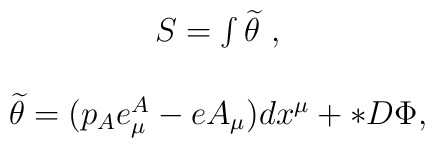
\begin{array}{c}S=\int \widetilde{\theta }\ , \\ \\ \widetilde{\theta }=(p_Ae_\mu^A-eA_\mu )dx^\mu +*D\Phi , \end{array}